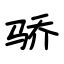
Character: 骄